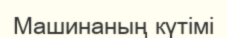
Машинаның күтімі